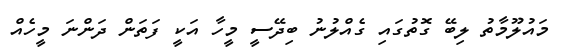
މައުލޫމާތު ލިބޭ ގޮތުގައި ގެއްލުނު ބިދޭސީ މީހާ އަކީ ފަތަން ދަންނަ މީހެއް